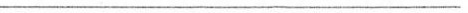
___